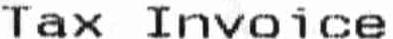
TAX INVOICE